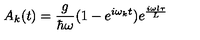
A _ { k } ( t ) = \frac { g } { \hbar \omega } ( 1 - e ^ { i \omega _ { k } t } ) e ^ { \frac { i \omega l \tau } { L } }